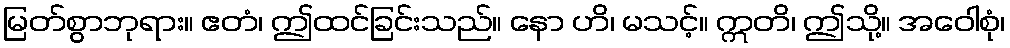
မြတ်စွာဘုရား။ ဧတံ၊ ဤထင်ခြင်းသည်။ နော ဟိ၊ မသင့်။ ဣတိ၊ ဤသို့။ အဝေါစုံ၊